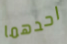
احدهما